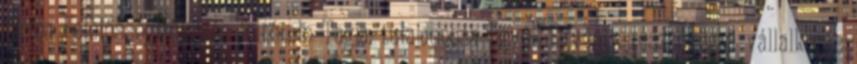
forma FelelősségMűködés feltétele Tagja, tulajdonosa Egyéb Egyéni egészségügyi vállalkozás